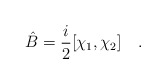
\begin{align*}\hat B = {i\over2}[\chi_1,\chi_2] \quad .\end{align*}